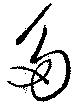
多